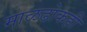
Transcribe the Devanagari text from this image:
माळढोकही